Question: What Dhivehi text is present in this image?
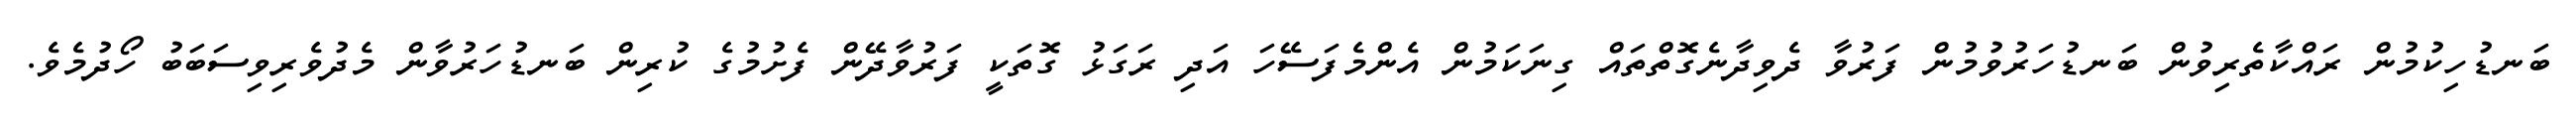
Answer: ބަނޑުހިކުމުން ރައްކާތެރިވުން ބަނޑުހަރުވުމުން ފަރުވާ ދެވިދާނެގޮތްތައް ގިނަކަމުން އެންމެފަސޭހަ އަދި ރަގަޅު ގޮތަކީ ފަރުވާދޭން ފެށުމުގެ ކުރިން ބަނޑުހަރުވާން މެދުވެރިވިސަބަބު ހޯދުމެވެ.